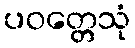
ပဝတ္တေသုံ